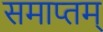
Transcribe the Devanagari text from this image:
समाप्तम्‌